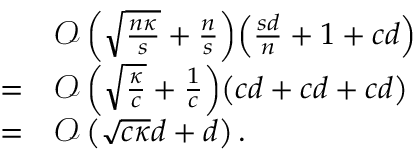
\begin{array} { r l } & { \mathcal { O } \left( \sqrt { \frac { n \kappa } { s } } + \frac { n } { s } \right) \! \left( \frac { s d } { n } + 1 + c d \right) } \\ { = } & { \mathcal { O } \left( \sqrt { \frac { \kappa } { c } } + \frac { 1 } { c } \right) \! \left( c d + c d + c d \right) } \\ { = } & { \mathcal { O } \left( \sqrt { c \kappa } d + d \right) . } \end{array}